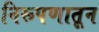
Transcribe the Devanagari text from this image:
निरूपणातून